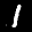
Label: 1